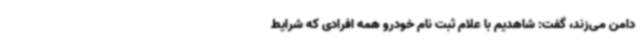
دامن می‌زند، گفت: شاهدیم با علام ثبت نام‌ خودرو همه افرادی که شرایط